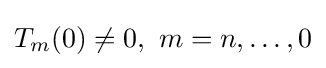
T_{m}(0)\neq 0,\ m=n,\dots ,0